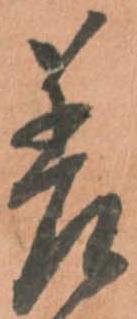
差